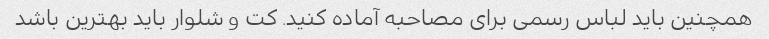
همچنین باید لباس رسمی برای مصاحبه آماده کنید. کت و شلوار باید بهترین باشد